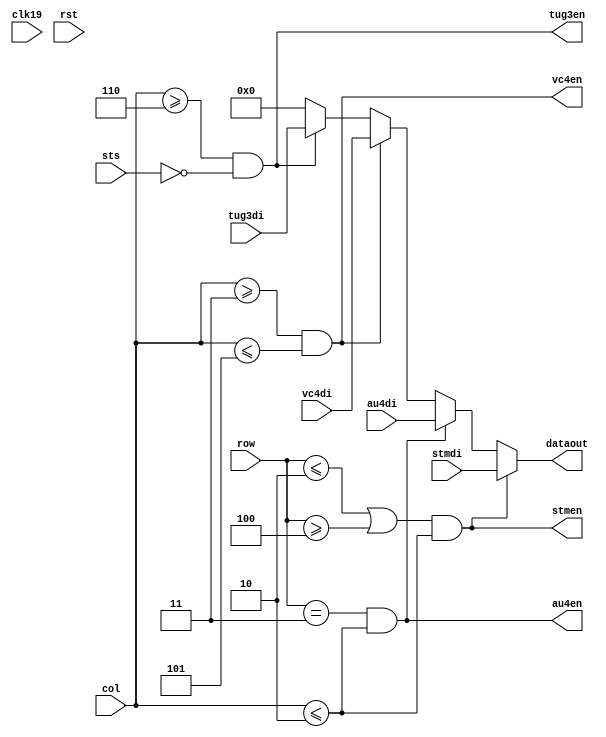
// Description  : address decode from E1 to STM-1 (left to right, downto) & data
//              mux
////////////////////////////////////////////////////////////////////////////////

module bridgetx
    (
     clk19,
     rst,
     
     row,
     col,
     sts,

     tug3en,
     tug3di,
     
     vc4en,
     vc4di,
     
     au4en,
     au4di,
     
     stmen,
     stmdi,
     
     dataout
     );

////////////////////////////////////////////////////////////////////////////////
// Parameter declarations

parameter           WID = 8;
parameter           RWID = 4;
parameter           CWID = 7;
parameter           SWID = 2;

////////////////////////////////////////////////////////////////////////////////
// Port declarations

input               clk19;
input               rst;

input [RWID-1:0]    row;
input [CWID-1:0]    col;
input [SWID-1:0]    sts;

output              tug3en;
input [WID-1:0]     tug3di;

output              vc4en;
input [WID-1:0]     vc4di;

output              au4en;
input [WID-1:0]     au4di;

output              stmen;
input [WID-1:0]     stmdi;

output [WID-1:0]    dataout;

////////////////////////////////////////////////////////////////////////////////
// Output declarations

wire [WID-1:0]       dataout;

////////////////////////////////////////////////////////////////////////////////
// Local logic and instantiation

assign              stmen = ((row <= 4'd2) || (row >= 4'd4)) && (col <= 7'd2); 

assign              au4en = (row == 4'd3) && (col <= 7'd2);

assign              vc4en = (col >= 7'd3) && (col <= 7'd5);

assign              tug3en = (col >= 7'd6) && (sts == 0);

assign  dataout = stmen? stmdi :
        au4en?  au4di   :
        vc4en?  vc4di   :
        tug3en? tug3di  : 8'b0;

endmodule